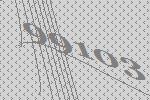
99103